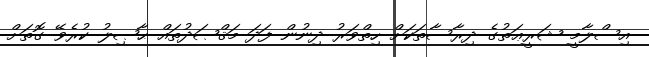
އިސްލާމީ ޝަރީޢަތުގެ ދިރާސާތަކަށް ހިތްވަރު ދިނުން ފަދަ މަޤްޞަދުތައް ޙާޞިލު ކުރެވޭ ގޮތަށް